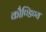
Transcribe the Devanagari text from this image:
कौण्डिण्य